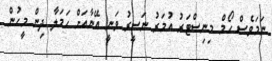
ނަމަވެސް ހޯމް މިނިސްޓަރު އުމަރު ނަސީރު ވަނީ އޭނާއަށް ހަމަލާ ދިން މީހުން